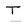
Character: T